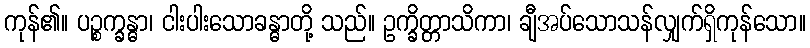
ကုန်၏။ ပဉ္စက္ခန္ဓာ၊ ငါးပါးသောခန္ဓာတို့ သည်။ ဥက္ခိတ္တာသိကာ၊ ချီအပ်သောသန်လျှက်ရှိကုန်သော။